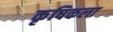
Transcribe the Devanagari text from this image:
कृषिकला